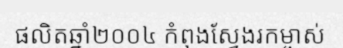
ផលិតឆ្នាំ២០០៤ កំពុងស្វែងរកម្ចាស់